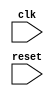
module behavioral_modeling_block (
    input wire clk,  // Clock signal
    input wire reset,  // Reset signal
    // Define other inputs and outputs here
    
);

// Define your circuit component/module behavior here
always @(posedge clk or negedge reset) begin
    // Behavior on positive edge of clock signal and negative edge of reset signal
    // Define your logic here
end

endmodule